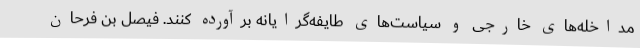
مداخله‌های خارجی و سیاست‌های طایفه‌گرایانه برآورده کنند. فیصل بن فرحان